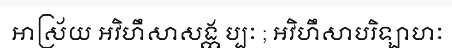
អាស្រ័យ អវិហឹសាសង្ក ប្បៈ ; អវិហឹសាបរិឡាហៈ